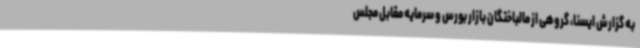
به گزارش ایسنا، گروهی از مالباختگان بازار بورس و سرمایه مقابل مجلس